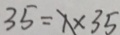
7 5 = x \times 3 5